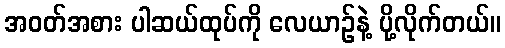
အဝတ်အစား ပါဆယ်ထုပ်ကို လေယာဉ်နဲ့ ပို့လိုက်တယ်။